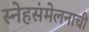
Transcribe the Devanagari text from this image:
स्नेहसंमेलनाची